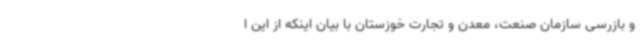
و بازرسی سازمان صنعت، معدن و تجارت خوزستان با بیان اینکه از این ا